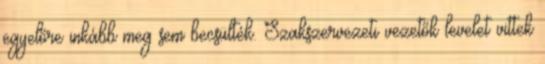
egyelőre inkább meg sem becsülték. Szakszervezeti vezetők levelet vittek